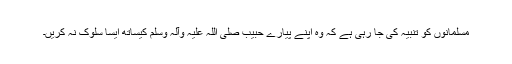
مسلمانوں کو تنبیہ کی جا رہی ہے کہ وہ اپنے پیارے حبیب صلی اللہ علیہ وآلہ وسلم کیساتھ ایسا سلوک نہ کریں۔